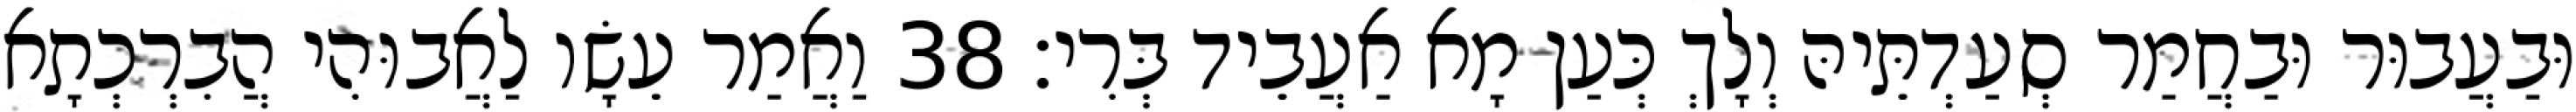
וּבַעֲבוּר וּבַחֲמַר סְעַדְתֵּיהּ וְלָךְ כְּעַן מָא אַעֲבֵיד בְּרִי׃ 38 וַאֲמַר עֵשָׂו לַאֲבוּהִי הֲבִרְכְתָא